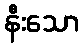
နီးသော